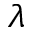
\lambda